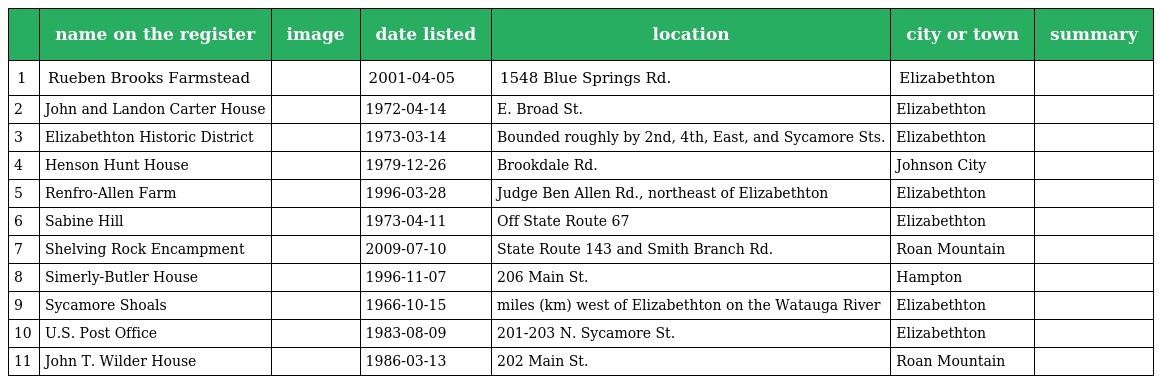
|  | name on the register | image | date listed | location | city or town | summary |
 | --- | --- | --- | --- | --- | --- | --- |
 | 1 | Rueben Brooks Farmstead |  | 2001-04-05 | 1548 Blue Springs Rd. | Elizabethton |  |
 | 2 | John and Landon Carter House |  | 1972-04-14 | E. Broad St. | Elizabethton |  |
 | 3 | Elizabethton Historic District |  | 1973-03-14 | Bounded roughly by 2nd, 4th, East, and Sycamore Sts. | Elizabethton |  |
 | 4 | Henson Hunt House |  | 1979-12-26 | Brookdale Rd. | Johnson City |  |
 | 5 | Renfro-Allen Farm |  | 1996-03-28 | Judge Ben Allen Rd., northeast of Elizabethton | Elizabethton |  |
 | 6 | Sabine Hill |  | 1973-04-11 | Off State Route 67 | Elizabethton |  |
 | 7 | Shelving Rock Encampment |  | 2009-07-10 | State Route 143 and Smith Branch Rd. | Roan Mountain |  |
 | 8 | Simerly-Butler House |  | 1996-11-07 | 206 Main St. | Hampton |  |
 | 9 | Sycamore Shoals |  | 1966-10-15 | miles (km) west of Elizabethton on the Watauga River | Elizabethton |  |
 | 10 | U.S. Post Office |  | 1983-08-09 | 201-203 N. Sycamore St. | Elizabethton |  |
 | 11 | John T. Wilder House |  | 1986-03-13 | 202 Main St. | Roan Mountain |  |